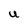
Character: U